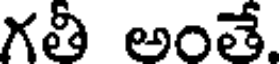
గతీ అంతే.